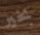
بخير